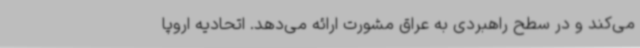
می‌کند و در سطح راهبردی به عراق مشورت ارائه می‌دهد. اتحادیه اروپا